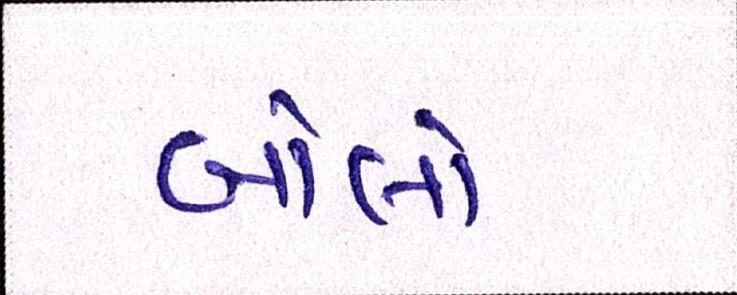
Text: બોલો